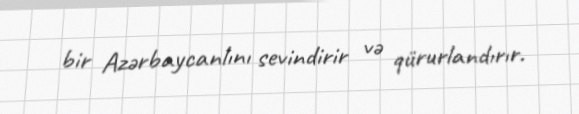
bir Azərbaycanlını sevindirir və qürurlandırır.